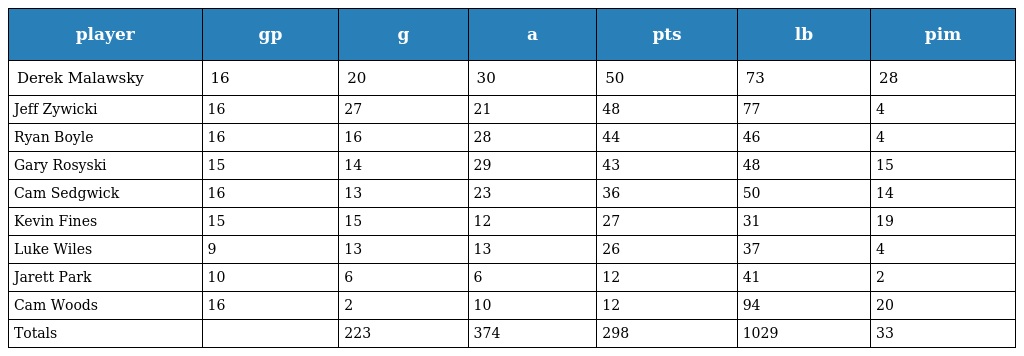
| player | gp | g | a | pts | lb | pim |
 | --- | --- | --- | --- | --- | --- | --- |
 | Derek Malawsky | 16 | 20 | 30 | 50 | 73 | 28 |
 | Jeff Zywicki | 16 | 27 | 21 | 48 | 77 | 4 |
 | Ryan Boyle | 16 | 16 | 28 | 44 | 46 | 4 |
 | Gary Rosyski | 15 | 14 | 29 | 43 | 48 | 15 |
 | Cam Sedgwick | 16 | 13 | 23 | 36 | 50 | 14 |
 | Kevin Fines | 15 | 15 | 12 | 27 | 31 | 19 |
 | Luke Wiles | 9 | 13 | 13 | 26 | 37 | 4 |
 | Jarett Park | 10 | 6 | 6 | 12 | 41 | 2 |
 | Cam Woods | 16 | 2 | 10 | 12 | 94 | 20 |
 | Totals |  | 223 | 374 | 298 | 1029 | 33 |